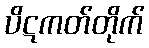
ပိဋကတ်တိုက်